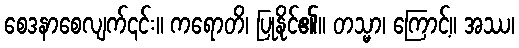
စေဒနာစေလျက်၎င်း။ ကရောတိ၊ ပြုနိုင်၏။ တသ္မာ၊ ကြောင့်။ အဿ၊